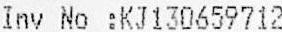
INV NO :KJ130659712